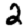
Digit: 2